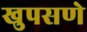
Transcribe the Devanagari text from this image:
खुपसणे